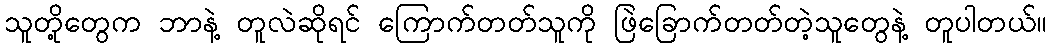
သူတို့တွေက ဘာနဲ့ တူလဲဆိုရင် ကြောက်တတ်သူကို ဖြဲခြောက်တတ်တဲ့သူတွေနဲ့ တူပါတယ်။